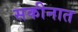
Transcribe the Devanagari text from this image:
सकीनात